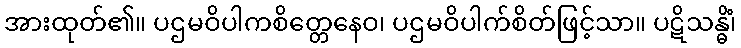
အားထုတ်၏။ ပဌမဝိပါကစိတ္တေနေဝ၊ ပဌမဝိပါက်စိတ်ဖြင့်သာ။ ပဋိသန္ဓိံ၊